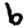
Digit: 6